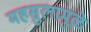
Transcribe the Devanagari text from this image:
महसुलामुळे